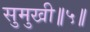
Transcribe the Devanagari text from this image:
सुमुखी॥५॥